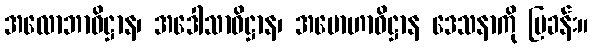
အလောဘာဓိဋ္ဌာန၊ အဒေါသာဓိဋ္ဌာန၊ အမောဟာဓိဋ္ဌာန ဒေသနာကို ပြခန်း။